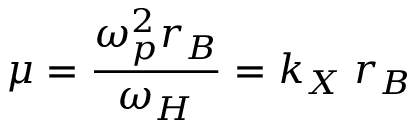
\mu = { \frac { \omega _ { p } ^ { 2 } r _ { B } } { \omega _ { H } } } = k _ { X } \; r _ { B }